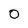
Character: 0